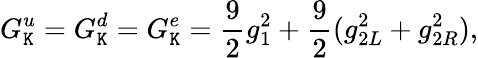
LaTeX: G_{\mathtt{K}}^{u}=G_{\mathtt{K}}^{d}=G_{\mathtt{K}}^{e}={\frac{{9}}{{2}}}g_{1}^{2}+{\frac{{9}}{{2}}}(g_{2L}^{2}+g_{2R}^{2}),